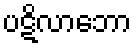
ပဋိလာဘော